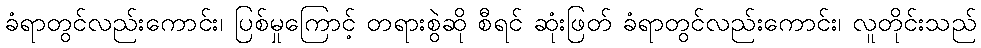
ခံရာတွင်လည်းကောင်း၊ ပြစ်မှုကြောင့် တရားစွဲဆို စီရင် ဆုံးဖြတ် ခံရာတွင်လည်းကောင်း၊ လူတိုင်းသည်